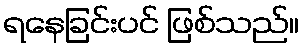
ရနေခြင်းပင် ဖြစ်သည်။